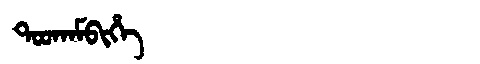
Manchu: ᡨᠣᠣᡴᠠᠮᠪᡳᡥᡝ
Romanization: TOOKAMBIHE